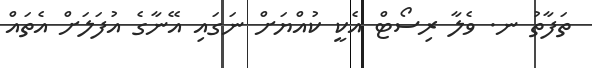
ތަފާތު ނ. ވެލާ ރިސޯޓް އެކީ ކުއްޔަށް ނަގައި އޭނާގެ އުފަލަށް އެތައް